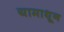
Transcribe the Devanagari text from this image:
यामाधून